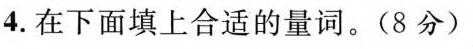
4.在下面填上合适的量词。(8分)